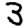
Digit: 3